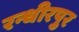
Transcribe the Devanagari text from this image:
रन्धीरपुर